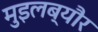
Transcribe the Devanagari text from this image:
मुइलब्यौर